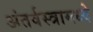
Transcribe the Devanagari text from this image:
अंतर्वस्त्रामध्ये